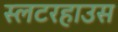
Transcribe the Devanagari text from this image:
स्लटरहाउस